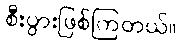
စီးပွားဖြစ်ကြတယ်။